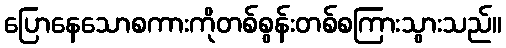
ပြောနေသောစကားကိုတစ်စွန်းတစ်စကြားသွားသည်။